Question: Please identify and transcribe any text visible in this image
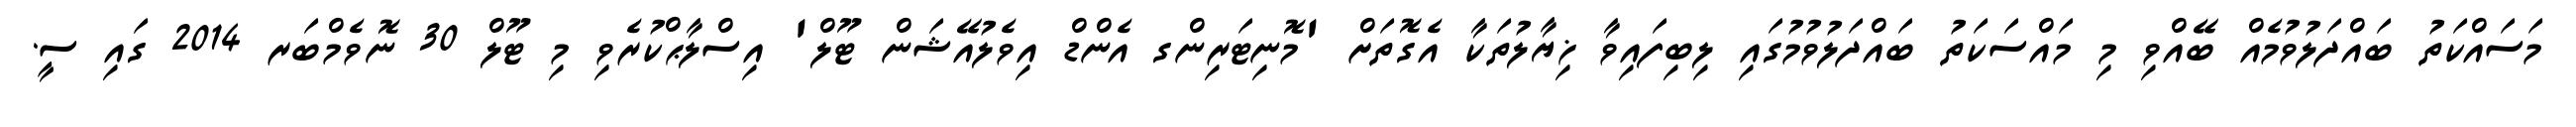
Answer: މަސައްކަތު ބައްދަލުވުމެއް ބޭއްވި މި މައްސަކަތު ބައްދަލުވުމުގައި ލިބިފައިވާ ޚިޔާލުތަކާ އެގޮތަށް 'މޮނިޓަރިންގ އެންޑް އިވެލުއޭޝަން ޓޫލް' އިސްލާޙްކުރެވި މި ޓޫލް 30 ނޮވެމްބަރ 2014 ގައި ސީ.